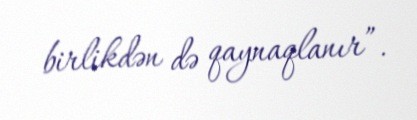
birlikdən də qaynaqlanır”.